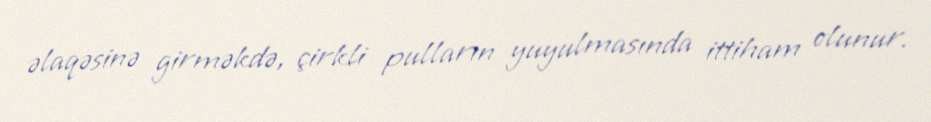
əlaqəsinə girməkdə, çirkli pulların yuyulmasında ittiham olunur.